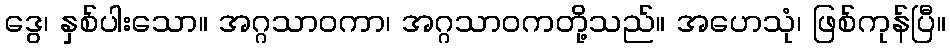
ဒွေ၊ နှစ်ပါးသော။ အဂ္ဂသာဝကာ၊ အဂ္ဂသာဝကတို့သည်။ အဟေသုံ၊ ဖြစ်ကုန်ပြီ။